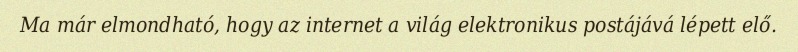
Ma már elmondható, hogy az internet a világ elektronikus postájává lépett elő.